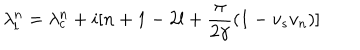
\lambda _ { l } ^ { n } = \lambda _ { c } ^ { n } + i [ n + 1 - 2 l + \frac { \pi } { 2 \gamma } ( 1 - v _ { s } v _ { n } ) ]